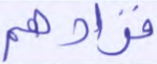
فزادهم